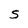
Character: S